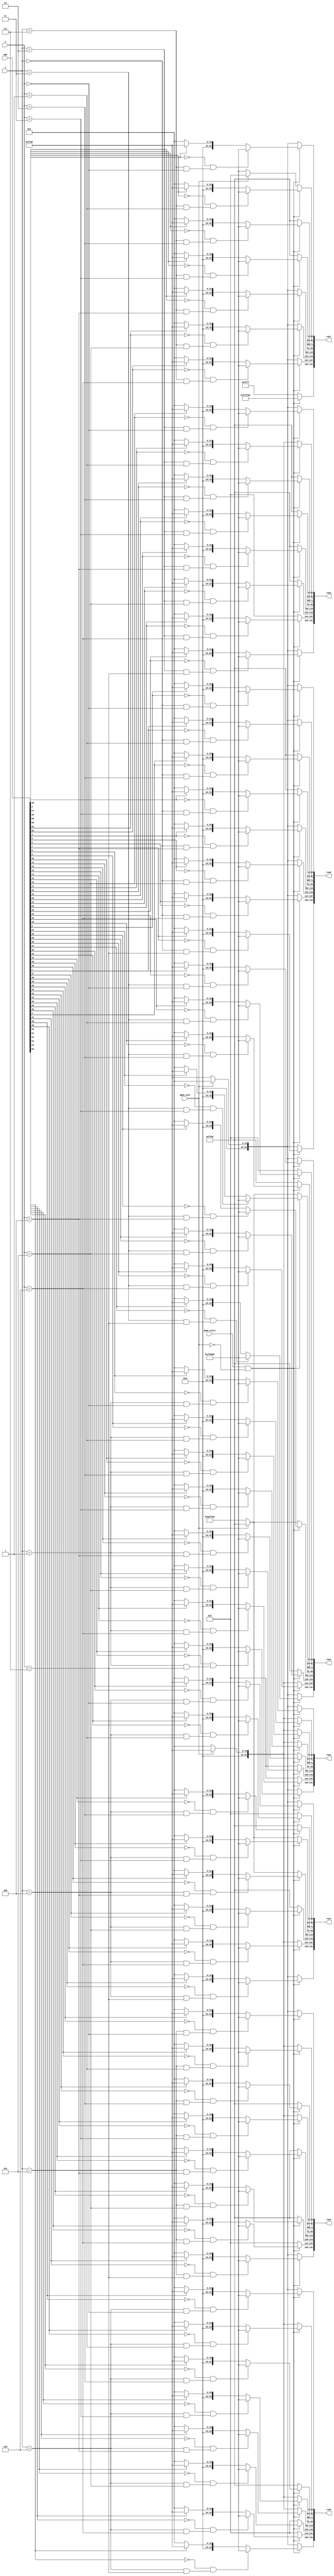
/*
   This file was generated automatically by Alchitry Labs version 1.2.7.
   Do not edit this file directly. Instead edit the original Lucid source.
   This is a temporary file and any changes made to it will be destroyed.
*/

module led_output_10 (
    input [63:0] map,
    input [15:0] x,
    input [15:0] y,
    input [0:0] game_start,
    input [0:0] game_over,
    output reg [191:0] row0,
    output reg [191:0] row1,
    output reg [191:0] row2,
    output reg [191:0] row3,
    output reg [191:0] row4,
    output reg [191:0] row5,
    output reg [191:0] row6,
    output reg [191:0] row7
  );
  
  
  
  localparam PATH = 24'h000000;
  
  localparam PANDA = 24'hff0000;
  
  localparam GOAL = 24'hffff00;
  
  localparam WALL = 24'h00ff00;
  
  localparam YELLOW = 24'h00ffff;
  
  localparam PINK = 24'h80ff00;
  
  localparam RED = 24'h00ff00;
  
  localparam BLUE = 24'hff0000;
  
  localparam BLACK = 24'h000000;
  
  always @* begin
    if (game_start == 1'h1 && game_over == 1'h0) begin
      row7[168+23-:24] = 24'hffff00;
    end else begin
      row7[168+23-:24] = 24'h00ffff;
    end
    if (game_start == 1'h1 && game_over == 1'h0) begin
      if (map[0+0+0-:1] == 1'h0 && (x == 1'h0 && y == 1'h0)) begin
        row0[0+23-:24] = 24'hff0000;
      end else begin
        if (map[0+0+0-:1] == 1'h1) begin
          row0[0+23-:24] = 24'h00ff00;
        end else begin
          row0[0+23-:24] = 24'h000000;
        end
      end
    end else begin
      if (game_over == 1'h1) begin
        row0[0+23-:24] = 24'h000000;
      end else begin
        row0[0+23-:24] = 24'h00ff00;
      end
    end
    if (game_start == 1'h1 && game_over == 1'h0) begin
      if (map[0+1+0-:1] == 1'h0 && (x == 1'h0 && y == 1'h1)) begin
        row0[24+23-:24] = 24'hff0000;
      end else begin
        if (map[0+1+0-:1] == 1'h1) begin
          row0[24+23-:24] = 24'h00ff00;
        end else begin
          row0[24+23-:24] = 24'h000000;
        end
      end
    end else begin
      if (game_over == 1'h1) begin
        row0[24+23-:24] = 24'h000000;
      end else begin
        row0[24+23-:24] = 24'h00ff00;
      end
    end
    if (game_start == 1'h1 && game_over == 1'h0) begin
      if (map[0+2+0-:1] == 1'h0 && (x == 1'h0 && y == 2'h2)) begin
        row0[48+23-:24] = 24'hff0000;
      end else begin
        if (map[0+2+0-:1] == 1'h1) begin
          row0[48+23-:24] = 24'h00ff00;
        end else begin
          row0[48+23-:24] = 24'h000000;
        end
      end
    end else begin
      if (game_over == 1'h1) begin
        row0[48+23-:24] = 24'h00ff00;
      end else begin
        row0[48+23-:24] = 24'h00ff00;
      end
    end
    if (game_start == 1'h1 && game_over == 1'h0) begin
      if (map[0+3+0-:1] == 1'h0 && (x == 1'h0 && y == 2'h3)) begin
        row0[72+23-:24] = 24'hff0000;
      end else begin
        if (map[0+3+0-:1] == 1'h1) begin
          row0[72+23-:24] = 24'h00ff00;
        end else begin
          row0[72+23-:24] = 24'h000000;
        end
      end
    end else begin
      if (game_over == 1'h1) begin
        row0[72+23-:24] = 24'h00ff00;
      end else begin
        row0[72+23-:24] = 24'h00ff00;
      end
    end
    if (game_start == 1'h1 && game_over == 1'h0) begin
      if (map[0+4+0-:1] == 1'h0 && (x == 1'h0 && y == 3'h4)) begin
        row0[96+23-:24] = 24'hff0000;
      end else begin
        if (map[0+4+0-:1] == 1'h1) begin
          row0[96+23-:24] = 24'h00ff00;
        end else begin
          row0[96+23-:24] = 24'h000000;
        end
      end
    end else begin
      if (game_over == 1'h1) begin
        row0[96+23-:24] = 24'h000000;
      end else begin
        row0[96+23-:24] = 24'h00ff00;
      end
    end
    if (game_start == 1'h1 && game_over == 1'h0) begin
      if (map[0+5+0-:1] == 1'h0 && (x == 1'h0 && y == 3'h5)) begin
        row0[120+23-:24] = 24'hff0000;
      end else begin
        if (map[0+5+0-:1] == 1'h1) begin
          row0[120+23-:24] = 24'h00ff00;
        end else begin
          row0[120+23-:24] = 24'h000000;
        end
      end
    end else begin
      if (game_over == 1'h1) begin
        row0[120+23-:24] = 24'h000000;
      end else begin
        row0[120+23-:24] = 24'h00ff00;
      end
    end
    if (game_start == 1'h1 && game_over == 1'h0) begin
      if (map[0+6+0-:1] == 1'h0 && (x == 1'h0 && y == 3'h6)) begin
        row0[144+23-:24] = 24'hff0000;
      end else begin
        if (map[0+6+0-:1] == 1'h1) begin
          row0[144+23-:24] = 24'h00ff00;
        end else begin
          row0[144+23-:24] = 24'h000000;
        end
      end
    end else begin
      if (game_over == 1'h1) begin
        row0[144+23-:24] = 24'h000000;
      end else begin
        row0[144+23-:24] = 24'h00ff00;
      end
    end
    if (game_start == 1'h1 && game_over == 1'h0) begin
      if (map[0+7+0-:1] == 1'h0 && (x == 1'h0 && y == 3'h7)) begin
        row0[168+23-:24] = 24'hff0000;
      end else begin
        if (map[0+7+0-:1] == 1'h1) begin
          row0[168+23-:24] = 24'h00ff00;
        end else begin
          row0[168+23-:24] = 24'h000000;
        end
      end
    end else begin
      if (game_over == 1'h1) begin
        row0[168+23-:24] = 24'h000000;
      end else begin
        row0[168+23-:24] = 24'h00ff00;
      end
    end
    if (game_start == 1'h1 && game_over == 1'h0) begin
      if (map[8+0+0-:1] == 1'h0 && (x == 1'h1 && y == 1'h0)) begin
        row1[0+23-:24] = 24'hff0000;
      end else begin
        if (map[8+0+0-:1] == 1'h1) begin
          row1[0+23-:24] = 24'h00ff00;
        end else begin
          row1[0+23-:24] = 24'h000000;
        end
      end
    end else begin
      if (game_over == 1'h1) begin
        row1[0+23-:24] = 24'h000000;
      end else begin
        row1[0+23-:24] = 24'h00ff00;
      end
    end
    if (game_start == 1'h1 && game_over == 1'h0) begin
      if (map[8+1+0-:1] == 1'h0 && (x == 1'h1 && y == 1'h1)) begin
        row1[24+23-:24] = 24'hff0000;
      end else begin
        if (map[8+1+0-:1] == 1'h1) begin
          row1[24+23-:24] = 24'h00ff00;
        end else begin
          row1[24+23-:24] = 24'h000000;
        end
      end
    end else begin
      if (game_over == 1'h1) begin
        row1[24+23-:24] = 24'h00ff00;
      end else begin
        row1[24+23-:24] = 24'h000000;
      end
    end
    if (game_start == 1'h1 && game_over == 1'h0) begin
      if (map[8+2+0-:1] == 1'h0 && (x == 1'h1 && y == 2'h2)) begin
        row1[48+23-:24] = 24'hff0000;
      end else begin
        if (map[8+2+0-:1] == 1'h1) begin
          row1[48+23-:24] = 24'h00ff00;
        end else begin
          row1[48+23-:24] = 24'h000000;
        end
      end
    end else begin
      if (game_over == 1'h1) begin
        row1[48+23-:24] = 24'h00ff00;
      end else begin
        row1[48+23-:24] = 24'h000000;
      end
    end
    if (game_start == 1'h1 && game_over == 1'h0) begin
      if (map[8+3+0-:1] == 1'h0 && (x == 1'h1 && y == 2'h3)) begin
        row1[72+23-:24] = 24'hff0000;
      end else begin
        if (map[8+3+0-:1] == 1'h1) begin
          row1[72+23-:24] = 24'h00ff00;
        end else begin
          row1[72+23-:24] = 24'h000000;
        end
      end
    end else begin
      if (game_over == 1'h1) begin
        row1[72+23-:24] = 24'h00ff00;
      end else begin
        row1[72+23-:24] = 24'h000000;
      end
    end
    if (game_start == 1'h1 && game_over == 1'h0) begin
      if (map[8+4+0-:1] == 1'h0 && (x == 1'h1 && y == 3'h4)) begin
        row1[96+23-:24] = 24'hff0000;
      end else begin
        if (map[8+4+0-:1] == 1'h1) begin
          row1[96+23-:24] = 24'h00ff00;
        end else begin
          row1[96+23-:24] = 24'h000000;
        end
      end
    end else begin
      if (game_over == 1'h1) begin
        row1[96+23-:24] = 24'h00ff00;
      end else begin
        row1[96+23-:24] = 24'h000000;
      end
    end
    if (game_start == 1'h1 && game_over == 1'h0) begin
      if (map[8+5+0-:1] == 1'h0 && (x == 1'h1 && y == 3'h5)) begin
        row1[120+23-:24] = 24'hff0000;
      end else begin
        if (map[8+5+0-:1] == 1'h1) begin
          row1[120+23-:24] = 24'h00ff00;
        end else begin
          row1[120+23-:24] = 24'h000000;
        end
      end
    end else begin
      if (game_over == 1'h1) begin
        row1[120+23-:24] = 24'h000000;
      end else begin
        row1[120+23-:24] = 24'h000000;
      end
    end
    if (game_start == 1'h1 && game_over == 1'h0) begin
      if (map[8+6+0-:1] == 1'h0 && (x == 1'h1 && y == 3'h6)) begin
        row1[144+23-:24] = 24'hff0000;
      end else begin
        if (map[8+6+0-:1] == 1'h1) begin
          row1[144+23-:24] = 24'h00ff00;
        end else begin
          row1[144+23-:24] = 24'h000000;
        end
      end
    end else begin
      if (game_over == 1'h1) begin
        row1[144+23-:24] = 24'h000000;
      end else begin
        row1[144+23-:24] = 24'h000000;
      end
    end
    if (game_start == 1'h1 && game_over == 1'h0) begin
      if (map[8+7+0-:1] == 1'h0 && (x == 1'h1 && y == 3'h7)) begin
        row1[168+23-:24] = 24'hff0000;
      end else begin
        if (map[8+7+0-:1] == 1'h1) begin
          row1[168+23-:24] = 24'h00ff00;
        end else begin
          row1[168+23-:24] = 24'h000000;
        end
      end
    end else begin
      if (game_over == 1'h1) begin
        row1[168+23-:24] = 24'h000000;
      end else begin
        row1[168+23-:24] = 24'h00ff00;
      end
    end
    if (game_start == 1'h1 && game_over == 1'h0) begin
      if (map[16+0+0-:1] == 1'h0 && (x == 2'h2 && y == 1'h0)) begin
        row2[0+23-:24] = 24'hff0000;
      end else begin
        if (map[16+0+0-:1] == 1'h1) begin
          row2[0+23-:24] = 24'h00ff00;
        end else begin
          row2[0+23-:24] = 24'h000000;
        end
      end
    end else begin
      if (game_over == 1'h1) begin
        row2[0+23-:24] = 24'h000000;
      end else begin
        row2[0+23-:24] = 24'h00ff00;
      end
    end
    if (game_start == 1'h1 && game_over == 1'h0) begin
      if (map[16+1+0-:1] == 1'h0 && (x == 2'h2 && y == 1'h1)) begin
        row2[24+23-:24] = 24'hff0000;
      end else begin
        if (map[16+1+0-:1] == 1'h1) begin
          row2[24+23-:24] = 24'h00ff00;
        end else begin
          row2[24+23-:24] = 24'h000000;
        end
      end
    end else begin
      if (game_over == 1'h1) begin
        row2[24+23-:24] = 24'h00ff00;
      end else begin
        row2[24+23-:24] = 24'h000000;
      end
    end
    if (game_start == 1'h1 && game_over == 1'h0) begin
      if (map[16+2+0-:1] == 1'h0 && (x == 2'h2 && y == 2'h2)) begin
        row2[48+23-:24] = 24'hff0000;
      end else begin
        if (map[16+2+0-:1] == 1'h1) begin
          row2[48+23-:24] = 24'h00ff00;
        end else begin
          row2[48+23-:24] = 24'h000000;
        end
      end
    end else begin
      if (game_over == 1'h1) begin
        row2[48+23-:24] = 24'h00ff00;
      end else begin
        row2[48+23-:24] = 24'h00ff00;
      end
    end
    if (game_start == 1'h1 && game_over == 1'h0) begin
      if (map[16+3+0-:1] == 1'h0 && (x == 2'h2 && y == 2'h3)) begin
        row2[72+23-:24] = 24'hff0000;
      end else begin
        if (map[16+3+0-:1] == 1'h1) begin
          row2[72+23-:24] = 24'h00ff00;
        end else begin
          row2[72+23-:24] = 24'h000000;
        end
      end
    end else begin
      if (game_over == 1'h1) begin
        row2[72+23-:24] = 24'h00ff00;
      end else begin
        row2[72+23-:24] = 24'h00ff00;
      end
    end
    if (game_start == 1'h1 && game_over == 1'h0) begin
      if (map[16+4+0-:1] == 1'h0 && (x == 2'h2 && y == 3'h4)) begin
        row2[96+23-:24] = 24'hff0000;
      end else begin
        if (map[16+4+0-:1] == 1'h1) begin
          row2[96+23-:24] = 24'h00ff00;
        end else begin
          row2[96+23-:24] = 24'h000000;
        end
      end
    end else begin
      if (game_over == 1'h1) begin
        row2[96+23-:24] = 24'h00ff00;
      end else begin
        row2[96+23-:24] = 24'h00ff00;
      end
    end
    if (game_start == 1'h1 && game_over == 1'h0) begin
      if (map[16+5+0-:1] == 1'h0 && (x == 2'h2 && y == 3'h5)) begin
        row2[120+23-:24] = 24'hff0000;
      end else begin
        if (map[16+5+0-:1] == 1'h1) begin
          row2[120+23-:24] = 24'h00ff00;
        end else begin
          row2[120+23-:24] = 24'h000000;
        end
      end
    end else begin
      if (game_over == 1'h1) begin
        row2[120+23-:24] = 24'h00ff00;
      end else begin
        row2[120+23-:24] = 24'h00ff00;
      end
    end
    if (game_start == 1'h1 && game_over == 1'h0) begin
      if (map[16+6+0-:1] == 1'h0 && (x == 2'h2 && y == 3'h6)) begin
        row2[144+23-:24] = 24'hff0000;
      end else begin
        if (map[16+6+0-:1] == 1'h1) begin
          row2[144+23-:24] = 24'h00ff00;
        end else begin
          row2[144+23-:24] = 24'h000000;
        end
      end
    end else begin
      if (game_over == 1'h1) begin
        row2[144+23-:24] = 24'h000000;
      end else begin
        row2[144+23-:24] = 24'h000000;
      end
    end
    if (game_start == 1'h1 && game_over == 1'h0) begin
      if (map[16+7+0-:1] == 1'h0 && (x == 2'h2 && y == 3'h7)) begin
        row2[168+23-:24] = 24'hff0000;
      end else begin
        if (map[16+7+0-:1] == 1'h1) begin
          row2[168+23-:24] = 24'h00ff00;
        end else begin
          row2[168+23-:24] = 24'h000000;
        end
      end
    end else begin
      if (game_over == 1'h1) begin
        row2[168+23-:24] = 24'h000000;
      end else begin
        row2[168+23-:24] = 24'h00ff00;
      end
    end
    if (game_start == 1'h1 && game_over == 1'h0) begin
      if (map[24+0+0-:1] == 1'h0 && (x == 2'h3 && y == 1'h0)) begin
        row3[0+23-:24] = 24'hff0000;
      end else begin
        if (map[24+0+0-:1] == 1'h1) begin
          row3[0+23-:24] = 24'h00ff00;
        end else begin
          row3[0+23-:24] = 24'h000000;
        end
      end
    end else begin
      if (game_over == 1'h1) begin
        row3[0+23-:24] = 24'h000000;
      end else begin
        row3[0+23-:24] = 24'h00ff00;
      end
    end
    if (game_start == 1'h1 && game_over == 1'h0) begin
      if (map[24+1+0-:1] == 1'h0 && (x == 2'h3 && y == 1'h1)) begin
        row3[24+23-:24] = 24'hff0000;
      end else begin
        if (map[24+1+0-:1] == 1'h1) begin
          row3[24+23-:24] = 24'h00ff00;
        end else begin
          row3[24+23-:24] = 24'h000000;
        end
      end
    end else begin
      if (game_over == 1'h1) begin
        row3[24+23-:24] = 24'h000000;
      end else begin
        row3[24+23-:24] = 24'h000000;
      end
    end
    if (game_start == 1'h1 && game_over == 1'h0) begin
      if (map[24+2+0-:1] == 1'h0 && (x == 2'h3 && y == 2'h2)) begin
        row3[48+23-:24] = 24'hff0000;
      end else begin
        if (map[24+2+0-:1] == 1'h1) begin
          row3[48+23-:24] = 24'h00ff00;
        end else begin
          row3[48+23-:24] = 24'h000000;
        end
      end
    end else begin
      if (game_over == 1'h1) begin
        row3[48+23-:24] = 24'h00ff00;
      end else begin
        row3[48+23-:24] = 24'h00ff00;
      end
    end
    if (game_start == 1'h1 && game_over == 1'h0) begin
      if (map[24+3+0-:1] == 1'h0 && (x == 2'h3 && y == 2'h3)) begin
        row3[72+23-:24] = 24'hff0000;
      end else begin
        if (map[24+3+0-:1] == 1'h1) begin
          row3[72+23-:24] = 24'h00ff00;
        end else begin
          row3[72+23-:24] = 24'h000000;
        end
      end
    end else begin
      if (game_over == 1'h1) begin
        row3[72+23-:24] = 24'h00ff00;
      end else begin
        row3[72+23-:24] = 24'h80ff00;
      end
    end
    if (game_start == 1'h1 && game_over == 1'h0) begin
      if (map[24+4+0-:1] == 1'h0 && (x == 2'h3 && y == 3'h4)) begin
        row3[96+23-:24] = 24'hff0000;
      end else begin
        if (map[24+4+0-:1] == 1'h1) begin
          row3[96+23-:24] = 24'h00ff00;
        end else begin
          row3[96+23-:24] = 24'h000000;
        end
      end
    end else begin
      if (game_over == 1'h1) begin
        row3[96+23-:24] = 24'h00ff00;
      end else begin
        row3[96+23-:24] = 24'h80ff00;
      end
    end
    if (game_start == 1'h1 && game_over == 1'h0) begin
      if (map[24+5+0-:1] == 1'h0 && (x == 2'h3 && y == 3'h5)) begin
        row3[120+23-:24] = 24'hff0000;
      end else begin
        if (map[24+5+0-:1] == 1'h1) begin
          row3[120+23-:24] = 24'h00ff00;
        end else begin
          row3[120+23-:24] = 24'h000000;
        end
      end
    end else begin
      if (game_over == 1'h1) begin
        row3[120+23-:24] = 24'h00ff00;
      end else begin
        row3[120+23-:24] = 24'h00ff00;
      end
    end
    if (game_start == 1'h1 && game_over == 1'h0) begin
      if (map[24+6+0-:1] == 1'h0 && (x == 2'h3 && y == 3'h6)) begin
        row3[144+23-:24] = 24'hff0000;
      end else begin
        if (map[24+6+0-:1] == 1'h1) begin
          row3[144+23-:24] = 24'h00ff00;
        end else begin
          row3[144+23-:24] = 24'h000000;
        end
      end
    end else begin
      if (game_over == 1'h1) begin
        row3[144+23-:24] = 24'h00ff00;
      end else begin
        row3[144+23-:24] = 24'h000000;
      end
    end
    if (game_start == 1'h1 && game_over == 1'h0) begin
      if (map[24+7+0-:1] == 1'h0 && (x == 2'h3 && y == 3'h7)) begin
        row3[168+23-:24] = 24'hff0000;
      end else begin
        if (map[24+7+0-:1] == 1'h1) begin
          row3[168+23-:24] = 24'h00ff00;
        end else begin
          row3[168+23-:24] = 24'h000000;
        end
      end
    end else begin
      if (game_over == 1'h1) begin
        row3[168+23-:24] = 24'h000000;
      end else begin
        row3[168+23-:24] = 24'h00ff00;
      end
    end
    if (game_start == 1'h1 && game_over == 1'h0) begin
      if (map[32+0+0-:1] == 1'h0 && (x == 3'h4 && y == 1'h0)) begin
        row4[0+23-:24] = 24'hff0000;
      end else begin
        if (map[32+0+0-:1] == 1'h1) begin
          row4[0+23-:24] = 24'h00ff00;
        end else begin
          row4[0+23-:24] = 24'h000000;
        end
      end
    end else begin
      if (game_over == 1'h1) begin
        row4[0+23-:24] = 24'h000000;
      end else begin
        row4[0+23-:24] = 24'h00ff00;
      end
    end
    if (game_start == 1'h1 && game_over == 1'h0) begin
      if (map[32+1+0-:1] == 1'h0 && (x == 3'h4 && y == 1'h1)) begin
        row4[24+23-:24] = 24'hff0000;
      end else begin
        if (map[32+1+0-:1] == 1'h1) begin
          row4[24+23-:24] = 24'h00ff00;
        end else begin
          row4[24+23-:24] = 24'h000000;
        end
      end
    end else begin
      if (game_over == 1'h1) begin
        row4[24+23-:24] = 24'h000000;
      end else begin
        row4[24+23-:24] = 24'h000000;
      end
    end
    if (game_start == 1'h1 && game_over == 1'h0) begin
      if (map[32+2+0-:1] == 1'h0 && (x == 3'h4 && y == 2'h2)) begin
        row4[48+23-:24] = 24'hff0000;
      end else begin
        if (map[32+2+0-:1] == 1'h1) begin
          row4[48+23-:24] = 24'h00ff00;
        end else begin
          row4[48+23-:24] = 24'h000000;
        end
      end
    end else begin
      if (game_over == 1'h1) begin
        row4[48+23-:24] = 24'h00ff00;
      end else begin
        row4[48+23-:24] = 24'h00ff00;
      end
    end
    if (game_start == 1'h1 && game_over == 1'h0) begin
      if (map[32+3+0-:1] == 1'h0 && (x == 3'h4 && y == 2'h3)) begin
        row4[72+23-:24] = 24'hff0000;
      end else begin
        if (map[32+3+0-:1] == 1'h1) begin
          row4[72+23-:24] = 24'h00ff00;
        end else begin
          row4[72+23-:24] = 24'h000000;
        end
      end
    end else begin
      if (game_over == 1'h1) begin
        row4[72+23-:24] = 24'h00ff00;
      end else begin
        row4[72+23-:24] = 24'h80ff00;
      end
    end
    if (game_start == 1'h1 && game_over == 1'h0) begin
      if (map[32+4+0-:1] == 1'h0 && (x == 3'h4 && y == 3'h4)) begin
        row4[96+23-:24] = 24'hff0000;
      end else begin
        if (map[32+4+0-:1] == 1'h1) begin
          row4[96+23-:24] = 24'h00ff00;
        end else begin
          row4[96+23-:24] = 24'h000000;
        end
      end
    end else begin
      if (game_over == 1'h1) begin
        row4[96+23-:24] = 24'h00ff00;
      end else begin
        row4[96+23-:24] = 24'h80ff00;
      end
    end
    if (game_start == 1'h1 && game_over == 1'h0) begin
      if (map[32+5+0-:1] == 1'h0 && (x == 3'h4 && y == 3'h5)) begin
        row4[120+23-:24] = 24'hff0000;
      end else begin
        if (map[32+5+0-:1] == 1'h1) begin
          row4[120+23-:24] = 24'h00ff00;
        end else begin
          row4[120+23-:24] = 24'h000000;
        end
      end
    end else begin
      if (game_over == 1'h1) begin
        row4[120+23-:24] = 24'h00ff00;
      end else begin
        row4[120+23-:24] = 24'h00ff00;
      end
    end
    if (game_start == 1'h1 && game_over == 1'h0) begin
      if (map[32+6+0-:1] == 1'h0 && (x == 3'h4 && y == 3'h6)) begin
        row4[144+23-:24] = 24'hff0000;
      end else begin
        if (map[32+6+0-:1] == 1'h1) begin
          row4[144+23-:24] = 24'h00ff00;
        end else begin
          row4[144+23-:24] = 24'h000000;
        end
      end
    end else begin
      if (game_over == 1'h1) begin
        row4[144+23-:24] = 24'h00ff00;
      end else begin
        row4[144+23-:24] = 24'h000000;
      end
    end
    if (game_start == 1'h1 && game_over == 1'h0) begin
      if (map[32+7+0-:1] == 1'h0 && (x == 3'h4 && y == 3'h7)) begin
        row4[168+23-:24] = 24'hff0000;
      end else begin
        if (map[32+7+0-:1] == 1'h1) begin
          row4[168+23-:24] = 24'h00ff00;
        end else begin
          row4[168+23-:24] = 24'h000000;
        end
      end
    end else begin
      if (game_over == 1'h1) begin
        row4[168+23-:24] = 24'h000000;
      end else begin
        row4[168+23-:24] = 24'h00ff00;
      end
    end
    if (game_start == 1'h1 && game_over == 1'h0) begin
      if (map[40+0+0-:1] == 1'h0 && (x == 3'h5 && y == 1'h0)) begin
        row5[0+23-:24] = 24'hff0000;
      end else begin
        if (map[40+0+0-:1] == 1'h1) begin
          row5[0+23-:24] = 24'h00ff00;
        end else begin
          row5[0+23-:24] = 24'h000000;
        end
      end
    end else begin
      if (game_over == 1'h1) begin
        row5[0+23-:24] = 24'h000000;
      end else begin
        row5[0+23-:24] = 24'h00ff00;
      end
    end
    if (game_start == 1'h1 && game_over == 1'h0) begin
      if (map[40+1+0-:1] == 1'h0 && (x == 3'h5 && y == 1'h1)) begin
        row5[24+23-:24] = 24'hff0000;
      end else begin
        if (map[40+1+0-:1] == 1'h1) begin
          row5[24+23-:24] = 24'h00ff00;
        end else begin
          row5[24+23-:24] = 24'h000000;
        end
      end
    end else begin
      if (game_over == 1'h1) begin
        row5[24+23-:24] = 24'h00ff00;
      end else begin
        row5[24+23-:24] = 24'h000000;
      end
    end
    if (game_start == 1'h1 && game_over == 1'h0) begin
      if (map[40+2+0-:1] == 1'h0 && (x == 3'h5 && y == 2'h2)) begin
        row5[48+23-:24] = 24'hff0000;
      end else begin
        if (map[40+2+0-:1] == 1'h1) begin
          row5[48+23-:24] = 24'h00ff00;
        end else begin
          row5[48+23-:24] = 24'h000000;
        end
      end
    end else begin
      if (game_over == 1'h1) begin
        row5[48+23-:24] = 24'h00ff00;
      end else begin
        row5[48+23-:24] = 24'h00ff00;
      end
    end
    if (game_start == 1'h1 && game_over == 1'h0) begin
      if (map[40+3+0-:1] == 1'h0 && (x == 3'h5 && y == 2'h3)) begin
        row5[72+23-:24] = 24'hff0000;
      end else begin
        if (map[40+3+0-:1] == 1'h1) begin
          row5[72+23-:24] = 24'h00ff00;
        end else begin
          row5[72+23-:24] = 24'h000000;
        end
      end
    end else begin
      if (game_over == 1'h1) begin
        row5[72+23-:24] = 24'h00ff00;
      end else begin
        row5[72+23-:24] = 24'h000000;
      end
    end
    if (game_start == 1'h1 && game_over == 1'h0) begin
      if (map[40+4+0-:1] == 1'h0 && (x == 3'h5 && y == 3'h4)) begin
        row5[96+23-:24] = 24'hff0000;
      end else begin
        if (map[40+4+0-:1] == 1'h1) begin
          row5[96+23-:24] = 24'h00ff00;
        end else begin
          row5[96+23-:24] = 24'h000000;
        end
      end
    end else begin
      if (game_over == 1'h1) begin
        row5[96+23-:24] = 24'h00ff00;
      end else begin
        row5[96+23-:24] = 24'h00ff00;
      end
    end
    if (game_start == 1'h1 && game_over == 1'h0) begin
      if (map[40+5+0-:1] == 1'h0 && (x == 3'h5 && y == 3'h5)) begin
        row5[120+23-:24] = 24'hff0000;
      end else begin
        if (map[40+5+0-:1] == 1'h1) begin
          row5[120+23-:24] = 24'h00ff00;
        end else begin
          row5[120+23-:24] = 24'h000000;
        end
      end
    end else begin
      if (game_over == 1'h1) begin
        row5[120+23-:24] = 24'h00ff00;
      end else begin
        row5[120+23-:24] = 24'h00ff00;
      end
    end
    if (game_start == 1'h1 && game_over == 1'h0) begin
      if (map[40+6+0-:1] == 1'h0 && (x == 3'h5 && y == 3'h6)) begin
        row5[144+23-:24] = 24'hff0000;
      end else begin
        if (map[40+6+0-:1] == 1'h1) begin
          row5[144+23-:24] = 24'h00ff00;
        end else begin
          row5[144+23-:24] = 24'h000000;
        end
      end
    end else begin
      if (game_over == 1'h1) begin
        row5[144+23-:24] = 24'h000000;
      end else begin
        row5[144+23-:24] = 24'h000000;
      end
    end
    if (game_start == 1'h1 && game_over == 1'h0) begin
      if (map[40+7+0-:1] == 1'h0 && (x == 3'h5 && y == 3'h7)) begin
        row5[168+23-:24] = 24'hff0000;
      end else begin
        if (map[40+7+0-:1] == 1'h1) begin
          row5[168+23-:24] = 24'h00ff00;
        end else begin
          row5[168+23-:24] = 24'h000000;
        end
      end
    end else begin
      if (game_over == 1'h1) begin
        row5[168+23-:24] = 24'h000000;
      end else begin
        row5[168+23-:24] = 24'h00ff00;
      end
    end
    if (game_start == 1'h1 && game_over == 1'h0) begin
      if (map[48+0+0-:1] == 1'h0 && (x == 3'h6 && y == 1'h0)) begin
        row6[0+23-:24] = 24'hff0000;
      end else begin
        if (map[48+0+0-:1] == 1'h1) begin
          row6[0+23-:24] = 24'h00ff00;
        end else begin
          row6[0+23-:24] = 24'h000000;
        end
      end
    end else begin
      if (game_over == 1'h1) begin
        row6[0+23-:24] = 24'h000000;
      end else begin
        row6[0+23-:24] = 24'h00ff00;
      end
    end
    if (game_start == 1'h1 && game_over == 1'h0) begin
      if (map[48+1+0-:1] == 1'h0 && (x == 3'h6 && y == 1'h1)) begin
        row6[24+23-:24] = 24'hff0000;
      end else begin
        if (map[48+1+0-:1] == 1'h1) begin
          row6[24+23-:24] = 24'h00ff00;
        end else begin
          row6[24+23-:24] = 24'h000000;
        end
      end
    end else begin
      if (game_over == 1'h1) begin
        row6[24+23-:24] = 24'h00ff00;
      end else begin
        row6[24+23-:24] = 24'h000000;
      end
    end
    if (game_start == 1'h1 && game_over == 1'h0) begin
      if (map[48+2+0-:1] == 1'h0 && (x == 3'h6 && y == 2'h2)) begin
        row6[48+23-:24] = 24'hff0000;
      end else begin
        if (map[48+2+0-:1] == 1'h1) begin
          row6[48+23-:24] = 24'h00ff00;
        end else begin
          row6[48+23-:24] = 24'h000000;
        end
      end
    end else begin
      if (game_over == 1'h1) begin
        row6[48+23-:24] = 24'h00ff00;
      end else begin
        row6[48+23-:24] = 24'h00ff00;
      end
    end
    if (game_start == 1'h1 && game_over == 1'h0) begin
      if (map[48+3+0-:1] == 1'h0 && (x == 3'h6 && y == 2'h3)) begin
        row6[72+23-:24] = 24'hff0000;
      end else begin
        if (map[48+3+0-:1] == 1'h1) begin
          row6[72+23-:24] = 24'h00ff00;
        end else begin
          row6[72+23-:24] = 24'h000000;
        end
      end
    end else begin
      if (game_over == 1'h1) begin
        row6[72+23-:24] = 24'h00ff00;
      end else begin
        row6[72+23-:24] = 24'h000000;
      end
    end
    if (game_start == 1'h1 && game_over == 1'h0) begin
      if (map[48+4+0-:1] == 1'h0 && (x == 3'h6 && y == 3'h4)) begin
        row6[96+23-:24] = 24'hff0000;
      end else begin
        if (map[48+4+0-:1] == 1'h1) begin
          row6[96+23-:24] = 24'h00ff00;
        end else begin
          row6[96+23-:24] = 24'h000000;
        end
      end
    end else begin
      if (game_over == 1'h1) begin
        row6[96+23-:24] = 24'h00ff00;
      end else begin
        row6[96+23-:24] = 24'h000000;
      end
    end
    if (game_start == 1'h1 && game_over == 1'h0) begin
      if (map[48+5+0-:1] == 1'h0 && (x == 3'h6 && y == 3'h5)) begin
        row6[120+23-:24] = 24'hff0000;
      end else begin
        if (map[48+5+0-:1] == 1'h1) begin
          row6[120+23-:24] = 24'h00ff00;
        end else begin
          row6[120+23-:24] = 24'h000000;
        end
      end
    end else begin
      if (game_over == 1'h1) begin
        row6[120+23-:24] = 24'h000000;
      end else begin
        row6[120+23-:24] = 24'h000000;
      end
    end
    if (game_start == 1'h1 && game_over == 1'h0) begin
      if (map[48+6+0-:1] == 1'h0 && (x == 3'h6 && y == 3'h6)) begin
        row6[144+23-:24] = 24'hff0000;
      end else begin
        if (map[48+6+0-:1] == 1'h1) begin
          row6[144+23-:24] = 24'h00ff00;
        end else begin
          row6[144+23-:24] = 24'h000000;
        end
      end
    end else begin
      if (game_over == 1'h1) begin
        row6[144+23-:24] = 24'h000000;
      end else begin
        row6[144+23-:24] = 24'h000000;
      end
    end
    if (game_start == 1'h1 && game_over == 1'h0) begin
      if (map[48+7+0-:1] == 1'h0 && (x == 3'h6 && y == 3'h7)) begin
        row6[168+23-:24] = 24'hff0000;
      end else begin
        if (map[48+7+0-:1] == 1'h1) begin
          row6[168+23-:24] = 24'h00ff00;
        end else begin
          row6[168+23-:24] = 24'h000000;
        end
      end
    end else begin
      if (game_over == 1'h1) begin
        row6[168+23-:24] = 24'h000000;
      end else begin
        row6[168+23-:24] = 24'h00ff00;
      end
    end
    if (game_start == 1'h1 && game_over == 1'h0) begin
      if (map[56+0+0-:1] == 1'h0 && (x == 3'h7 && y == 1'h0)) begin
        row7[0+23-:24] = 24'hff0000;
      end else begin
        if (map[56+0+0-:1] == 1'h1) begin
          row7[0+23-:24] = 24'h00ff00;
        end else begin
          row7[0+23-:24] = 24'h000000;
        end
      end
    end else begin
      if (game_over == 1'h1) begin
        row7[0+23-:24] = 24'h000000;
      end else begin
        row7[0+23-:24] = 24'h00ff00;
      end
    end
    if (game_start == 1'h1 && game_over == 1'h0) begin
      if (map[56+1+0-:1] == 1'h0 && (x == 3'h7 && y == 1'h1)) begin
        row7[24+23-:24] = 24'hff0000;
      end else begin
        if (map[56+1+0-:1] == 1'h1) begin
          row7[24+23-:24] = 24'h00ff00;
        end else begin
          row7[24+23-:24] = 24'h000000;
        end
      end
    end else begin
      if (game_over == 1'h1) begin
        row7[24+23-:24] = 24'h000000;
      end else begin
        row7[24+23-:24] = 24'hff0000;
      end
    end
    if (game_start == 1'h1 && game_over == 1'h0) begin
      if (map[56+2+0-:1] == 1'h0 && (x == 3'h7 && y == 2'h2)) begin
        row7[48+23-:24] = 24'hff0000;
      end else begin
        if (map[56+2+0-:1] == 1'h1) begin
          row7[48+23-:24] = 24'h00ff00;
        end else begin
          row7[48+23-:24] = 24'h000000;
        end
      end
    end else begin
      if (game_over == 1'h1) begin
        row7[48+23-:24] = 24'h00ff00;
      end else begin
        row7[48+23-:24] = 24'h00ff00;
      end
    end
    if (game_start == 1'h1 && game_over == 1'h0) begin
      if (map[56+3+0-:1] == 1'h0 && (x == 3'h7 && y == 2'h3)) begin
        row7[72+23-:24] = 24'hff0000;
      end else begin
        if (map[56+3+0-:1] == 1'h1) begin
          row7[72+23-:24] = 24'h00ff00;
        end else begin
          row7[72+23-:24] = 24'h000000;
        end
      end
    end else begin
      if (game_over == 1'h1) begin
        row7[72+23-:24] = 24'h00ff00;
      end else begin
        row7[72+23-:24] = 24'h00ff00;
      end
    end
    if (game_start == 1'h1 && game_over == 1'h0) begin
      if (map[56+4+0-:1] == 1'h0 && (x == 3'h7 && y == 3'h4)) begin
        row7[96+23-:24] = 24'hff0000;
      end else begin
        if (map[56+4+0-:1] == 1'h1) begin
          row7[96+23-:24] = 24'h00ff00;
        end else begin
          row7[96+23-:24] = 24'h000000;
        end
      end
    end else begin
      if (game_over == 1'h1) begin
        row7[96+23-:24] = 24'h000000;
      end else begin
        row7[96+23-:24] = 24'h00ff00;
      end
    end
    if (game_start == 1'h1 && game_over == 1'h0) begin
      if (map[56+5+0-:1] == 1'h0 && (x == 3'h7 && y == 3'h5)) begin
        row7[120+23-:24] = 24'hff0000;
      end else begin
        if (map[56+5+0-:1] == 1'h1) begin
          row7[120+23-:24] = 24'h00ff00;
        end else begin
          row7[120+23-:24] = 24'h000000;
        end
      end
    end else begin
      if (game_over == 1'h1) begin
        row7[120+23-:24] = 24'h000000;
      end else begin
        row7[120+23-:24] = 24'h00ff00;
      end
    end
    if (game_start == 1'h1 && game_over == 1'h0) begin
      if (map[56+6+0-:1] == 1'h0 && (x == 3'h7 && y == 3'h6)) begin
        row7[144+23-:24] = 24'hff0000;
      end else begin
        if (map[56+6+0-:1] == 1'h1) begin
          row7[144+23-:24] = 24'h00ff00;
        end else begin
          row7[144+23-:24] = 24'h000000;
        end
      end
    end else begin
      if (game_over == 1'h1) begin
        row7[144+23-:24] = 24'h000000;
      end else begin
        row7[144+23-:24] = 24'h00ff00;
      end
    end
  end
endmodule